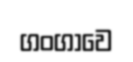
ගංගාවෙ